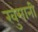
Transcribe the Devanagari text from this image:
खुमानी